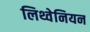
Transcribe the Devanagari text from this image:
लिथ्वेनियन